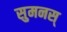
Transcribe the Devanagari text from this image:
सुमनस्